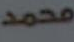
محمد